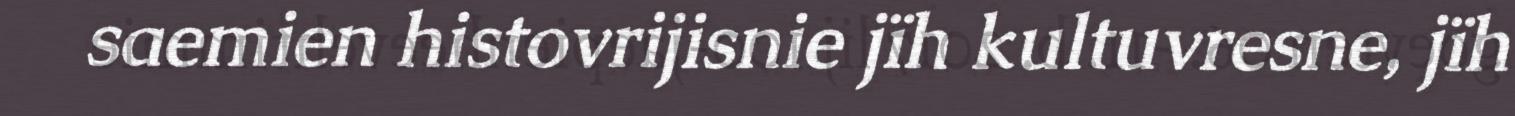
saemien histovrijisnie jïh kultuvresne, jïh